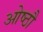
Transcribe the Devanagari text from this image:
ओष्ठौ